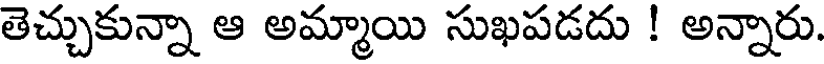
తెచ్చుకున్నా ఆ అమ్మాయి సుఖపడదు ! అన్నారు.